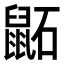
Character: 鼫